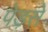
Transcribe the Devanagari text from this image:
पेड़से